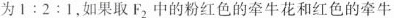
为$$1 : 2 : 1$$,如果取F_{ 2}中的粉红色的牵牛花和红色的牵牛